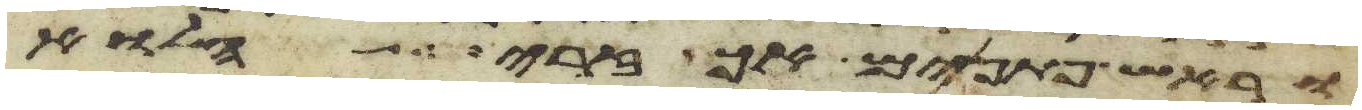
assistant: וראש פתנים אך זרי הלוא